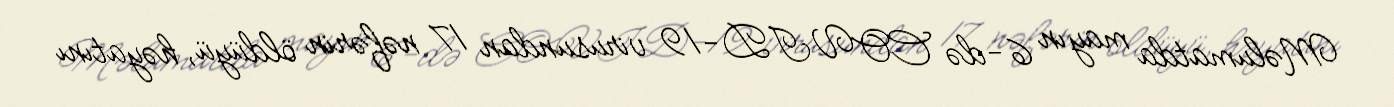
Məlumatda mayın 6-də COVID-19 virusundan 17 nəfərin öldüyü, həyatını